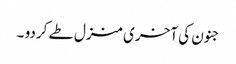
جنون کی آخری منزل طے کردو ۔